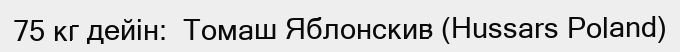
75 кг дейін:  Томаш Яблонскив (Hussars Poland)